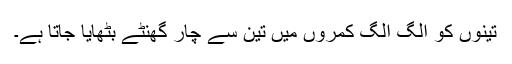
تینوں کو الگ الگ کمروں میں تین سے چار گھنٹے بٹھایا جاتا ہے۔